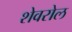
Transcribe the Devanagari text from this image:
शेवरोल